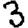
Digit: 3